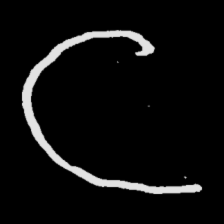
Pyu character \u2014 Myanmar letter: င (romanized: nga)